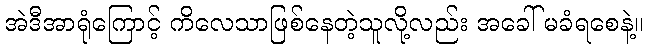
အဲဒီအာရုံကြောင့် ကိလေသာဖြစ်နေတဲ့သူလို့လည်း အခေါ် မခံရစေနဲ့။